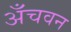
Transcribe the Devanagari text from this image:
अँचवन